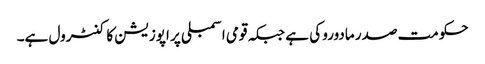
حکومت صدر مادورو کی ہے جبکہ قومی اسمبلی پر اپوزیشن کا کنٹرول ہے۔